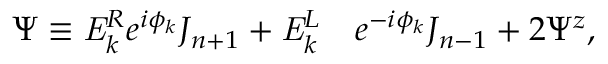
\begin{array} { r l } { \Psi \equiv \mathit { { E } } _ { k } ^ { R } e ^ { i \phi _ { k } } J _ { n + 1 } + \mathit { { E } } _ { k } ^ { L } } & { { } e ^ { - i \phi _ { k } } J _ { n - 1 } + 2 \Psi ^ { z } , } \end{array}